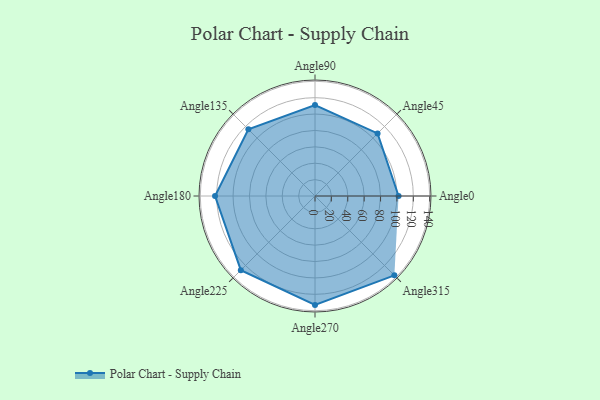
{"axis": {"x": "Angle", "y": "Radius"}, "legend": [""], "data": [{"x": "Angle0", "y": 102.0, "type": ""}, {"x": "Angle45", "y": 108.0, "type": ""}, {"x": "Angle90", "y": 111.0, "type": ""}, {"x": "Angle135", "y": 115.0, "type": ""}, {"x": "Angle180", "y": 122.0, "type": ""}, {"x": "Angle225", "y": 128.0, "type": ""}, {"x": "Angle270", "y": 133.0, "type": ""}, {"x": "Angle315", "y": 137.0, "type": ""}]}